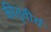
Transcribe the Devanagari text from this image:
कीतृवीर्य